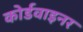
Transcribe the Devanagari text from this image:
कोर्डवाइनर